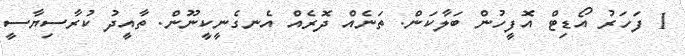
1 ފަހަރު އޯޑިޓް އޮފީހުން ބަލާކަން. ތަނެއް ދޮރެއް އެނގެނީކީނޫން. ތާއީދު ކުރާސިޔާސީ